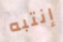
إنتبه